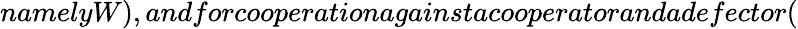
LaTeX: namelyW),andforcooperationagainstacooperatorandadefector(